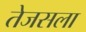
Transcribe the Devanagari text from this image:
तेजसला